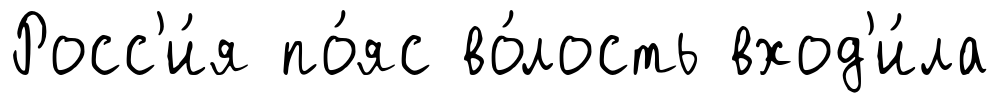
Росс'и́я по́яс во́лость вход'и́ла